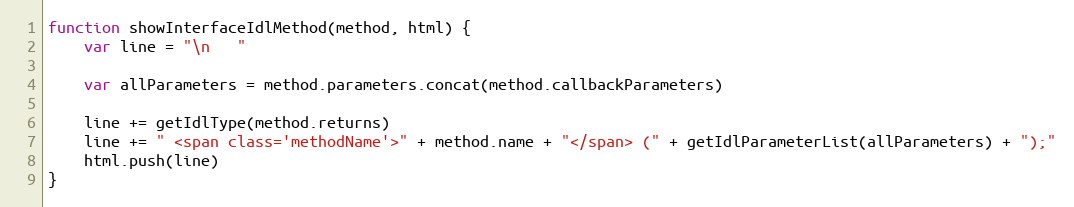
Language: JavaScript
function showInterfaceIdlMethod(method, html) {
    var line = "\n   "

    var allParameters = method.parameters.concat(method.callbackParameters)

    line += getIdlType(method.returns)
    line += " <span class='methodName'>" + method.name + "</span> (" + getIdlParameterList(allParameters) + ");"
    html.push(line)
}